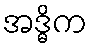
အဒ္ဓိက